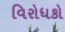
વિરોધકો